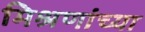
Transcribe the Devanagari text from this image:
मिश्रणांच्या